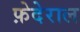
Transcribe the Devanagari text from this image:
फ़ेदेराल